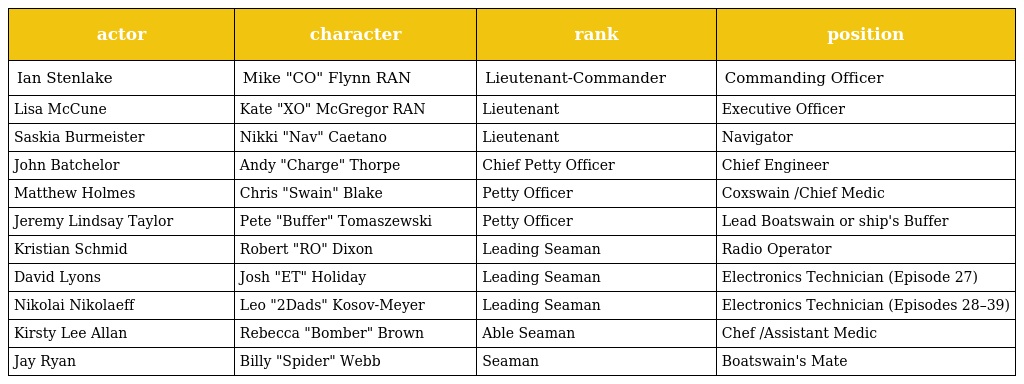
| actor | character | rank | position |
 | --- | --- | --- | --- |
 | Ian Stenlake | Mike "CO" Flynn RAN | Lieutenant-Commander | Commanding Officer |
 | Lisa McCune | Kate "XO" McGregor RAN | Lieutenant | Executive Officer |
 | Saskia Burmeister | Nikki "Nav" Caetano | Lieutenant | Navigator |
 | John Batchelor | Andy "Charge" Thorpe | Chief Petty Officer | Chief Engineer |
 | Matthew Holmes | Chris "Swain" Blake | Petty Officer | Coxswain /Chief Medic |
 | Jeremy Lindsay Taylor | Pete "Buffer" Tomaszewski | Petty Officer | Lead Boatswain or ship's Buffer |
 | Kristian Schmid | Robert "RO" Dixon | Leading Seaman | Radio Operator |
 | David Lyons | Josh "ET" Holiday | Leading Seaman | Electronics Technician (Episode 27) |
 | Nikolai Nikolaeff | Leo "2Dads" Kosov-Meyer | Leading Seaman | Electronics Technician (Episodes 28–39) |
 | Kirsty Lee Allan | Rebecca "Bomber" Brown | Able Seaman | Chef /Assistant Medic |
 | Jay Ryan | Billy "Spider" Webb | Seaman | Boatswain's Mate |